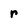
Character: r